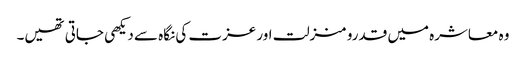
وہ معاشرہ میں قدرو منزلت اور عزت کی نگاہ سے دیکھی جاتی تھیں۔